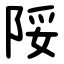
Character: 䧌